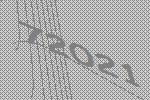
72021